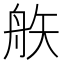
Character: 𥎻